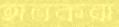
হাতকরা